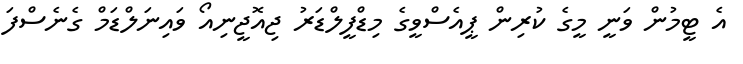
އެ ޓީމުން ވަނީ މީގެ ކުރިން ޕީއެސްވީގެ މިޑްފީލްޑަރު ޖިއޮޖީނިއޯ ވައިނަލްޑަމް ގެނެސްފަ